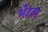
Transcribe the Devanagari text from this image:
भेंटला